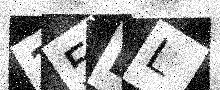
Text: 15DL